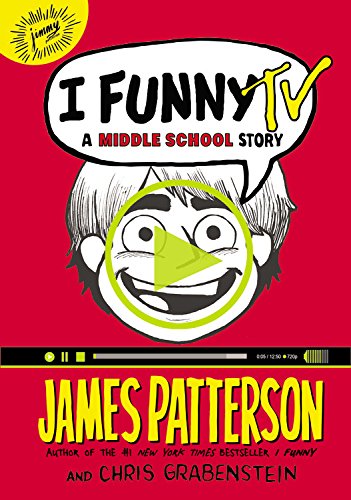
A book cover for I Funny TV: A Middle School Story; James Patterson; Humor & Entertainment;